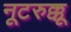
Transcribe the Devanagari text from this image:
नूटरुक्कू